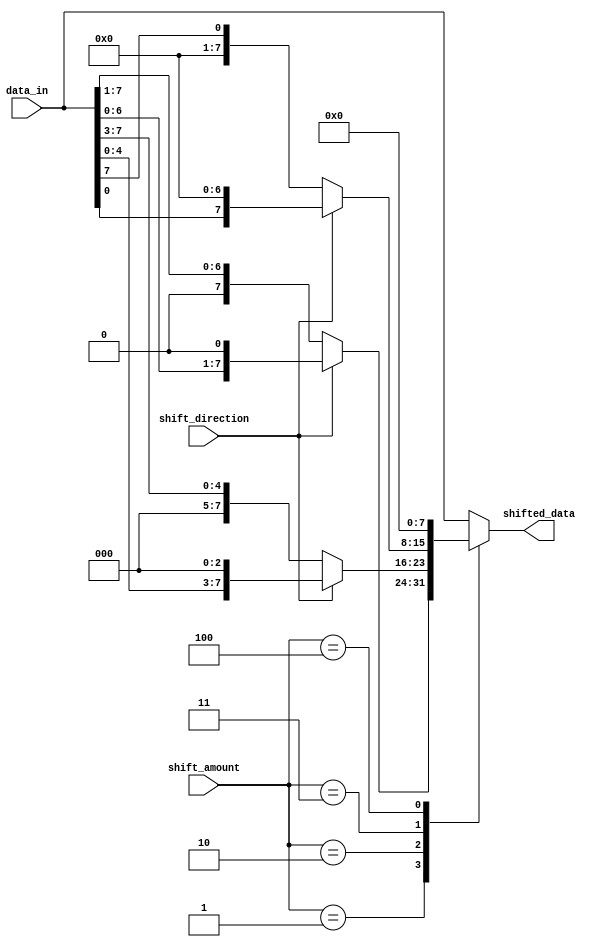
module SparseBarrelShifter(
    input [7:0] data_in,
    input [2:0] shift_amount,
    input shift_direction,
    output reg [7:0] shifted_data
);

always @(*)
begin
    case(shift_amount)
        3'b000: shifted_data = (shift_direction) ? data_in << 0 : data_in >> 0;
        3'b001: shifted_data = (shift_direction) ? data_in << 1 : data_in >> 1;
        3'b010: shifted_data = (shift_direction) ? data_in << 3 : data_in >> 3;
        3'b011: shifted_data = (shift_direction) ? data_in << 7 : data_in >> 7;
        3'b100: shifted_data = (shift_direction) ? data_in << 15 : data_in >> 15;
        default: shifted_data = data_in;
    endcase
end

endmodule